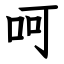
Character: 呵